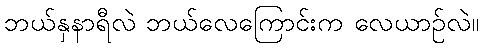
ဘယ်နှနာရီလဲ ဘယ်လေကြောင်းက လေယာဉ်လဲ။